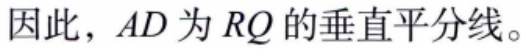
因此，\(AD\)为\(RQ\)的垂直平分线。